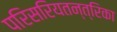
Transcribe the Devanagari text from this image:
परिसरियतन्त्रिका